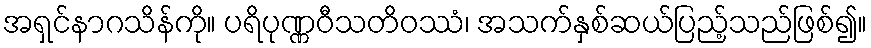
အရှင်နာဂသိန်ကို။ ပရိပုဏ္ဏဝီသတိဝဿံ၊ အသက်နှစ်ဆယ်ပြည့်သည်ဖြစ်၍။